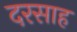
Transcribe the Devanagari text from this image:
दरसाह